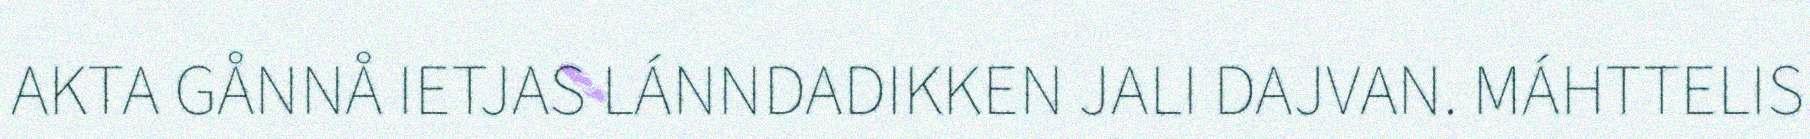
AKTA GÅNNÅ IETJAS LÁNNDADIKKEN JALI DAJVAN. MÁHTTELIS